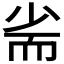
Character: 𡭺